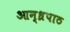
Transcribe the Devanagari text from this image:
आन्ध्रपाठ